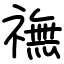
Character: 𫞶